Vaccine operations Central Provinces 1900-1911 - 1900-1911
Year: 1900
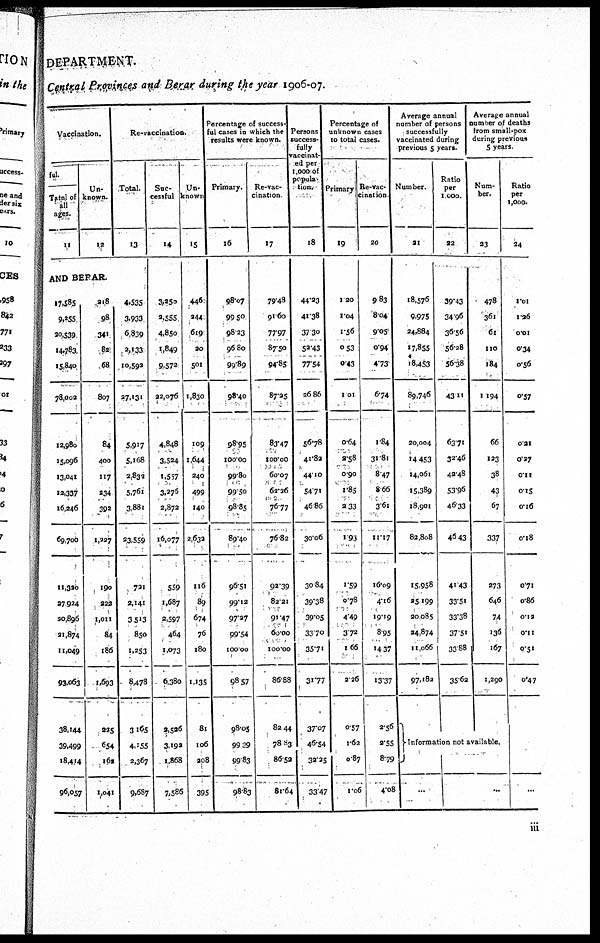
DEPARTMENT.
Central Provinces and Berar during the year 1906-07.
Vaccination.
ful.
Total of
all
ages.
11
Un-
known.
12
Re-vaccination.
Total.
13
AND BERAR.
17,585
9,255
20,539
14,783
15,840
78,002
12,980
15,096
13,041
12,337
16,246
69,700
11,320
27,924
20,896
21,874
11,049
93,063
38,144
39,499
18,414
96,057
218
98
341
82
68
807
84
400
117
234
392
1,227
190
323
1,011
84
186
1,693
225
654
162
1,041
4,535
3,933
6,839
2,133
10,592
27,131
5,917
5,168
2,832
5,761
3,881
23,559
721
2,141
3,513
850
1,253
8,478
3,165
4,155
2,367
9,687
Suc-
cessful
14
3,250
2,555
4,850
1,849
9,572
22,076
4,848
3,524
1,557
3,276
2,872
16,077
559
1,687
2,597
464
1,073
6,380
2,536
3,192
1,868
7,586
Un-
known
15
446
244
619
20
501
1,830
109
1,644
240
499
140
2,632
116
89
674
76
180
1,135
81
106
208
395
Percentage of success¬
ful cases in which the
results were known.
Primary.
16
98.07
99.50
98.23
96.80
99.89
98.40
98.95
100.00
99.80
99.50
98.85
89.40
96.51
99.12
97.27
99.54
100.00
98.57
98.05
99.29
99.83
98.83
Re-vac¬
cination
17
79.48
91.60
77.97
87.50
94.85
87.25
83.47
100.00
60.07
62.26
76.77
76.82
92.39
82.21
91.47
60.00
100.00
86.88
82.44
78.83
86.52
81.64
Persons
success-
fully
vaccinat-
ed per
1,000 of
popula-
tion.
18
44.23
41.38
37.30
52.43
77.54
26.86
56.78
41.82
44.10
54.71
46.86
30.06
30.84
39.38
39.05
33.70
35.71
31.77
37.07
46.54
32.25
33.47
Percentage of
unknown cases
to total cases.
Primary
19
1.20
1.04
1.56
0.53
0.43
1.01
0.64
2.58
0.90
1.85
2.33
1.93
1.59
0.78
4.49
3.72
1.66
2.26
0.57
1.62
0.87
1.06
Re-vac¬
cination
20
9.83
8.04
9.05
0.94
4.73
6.74
1.84
31.81
8.47
8.66
3.61
11.17
16.09
4.16
19.19
8.95
14.37
13.37
2.56
2.55
8.79
4.08
Average annual
number of persons
successfully
vaccinated during
previous 5 years.
Number.
21
18,576
9,975
24,884
17,855
18,453
89,746
20,004
14,453
14,061
15,389
18,901
82,808
15,958
25,199
20,085
24,874
11,066
97,182
Ratio
per
1,000.
22
39.43
34.96
36.56
56.28
56.38
43.11
63.71
32.46
42.48
53.96
45.33
46.43
41.43
33.51
33.38
37.51
33.88
35.62
Average annual
number of deaths
from small-pox
during previous
5 years
Num-
ber.
23
478
361
61
110
184
1,194
66
123
38
43
67
337
273
646
74
136
167
1,290
Information not available.
...
...
Ratio
per
1,000.
24
1.01
1.26
0.01
0.34
0.56
0.57
0.21
0.27
0.11
0.15
0.16
0.18
0.71
0.86
0.12
0.11
0.51
0.47
...
iii